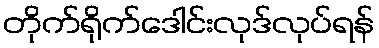
တိုက်ရိုက်ဒေါင်းလုဒ်လုပ်ရန်